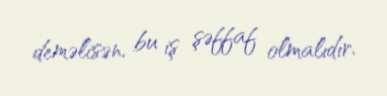
deməlisən, bu iş şəffaf olmalıdır.